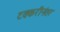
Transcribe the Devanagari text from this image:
टक्करीनंतर